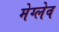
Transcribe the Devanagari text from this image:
मेग्लेव